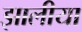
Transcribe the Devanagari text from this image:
झालीया